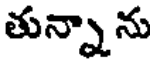
తున్నాను